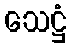
သေဋ္ဌံ